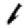
Digit: 1